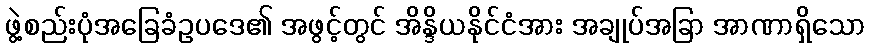
ဖွဲ့စည်းပုံအခြေခံဥပဒေ၏ အဖွင့်တွင် အိန္ဒိယနိုင်ငံအား အချုပ်အခြာ အာဏာရှိသော